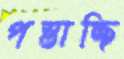
পস্তাচ্ছি